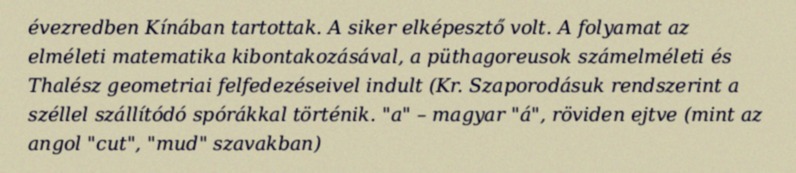
évezredben Kínában tartottak. A siker elképesztő volt. A folyamat az elméleti matematika kibontakozásával, a püthagoreusok számelméleti és Thalész geometriai felfedezéseivel indult (Kr. Szaporodásuk rendszerint a széllel szállítódó spórákkal történik. "a" – magyar "á", röviden ejtve (mint az angol "cut", "mud" szavakban)